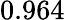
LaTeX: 0.964